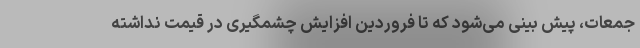
جمعات، پیش بینی می‌شود که تا فروردین افزایش چشمگیری در قیمت نداشته